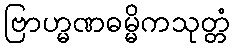
ဗြာဟ္မဏဓမ္မိကသုတ္တံ